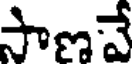
సాణవే